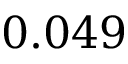
0 . 0 4 9